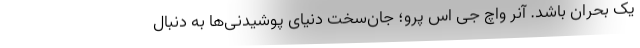
یک بحران باشد. آنر واچ جی اس پرو؛ جان‌سخت دنیای پوشیدنی‌ها به دنبال